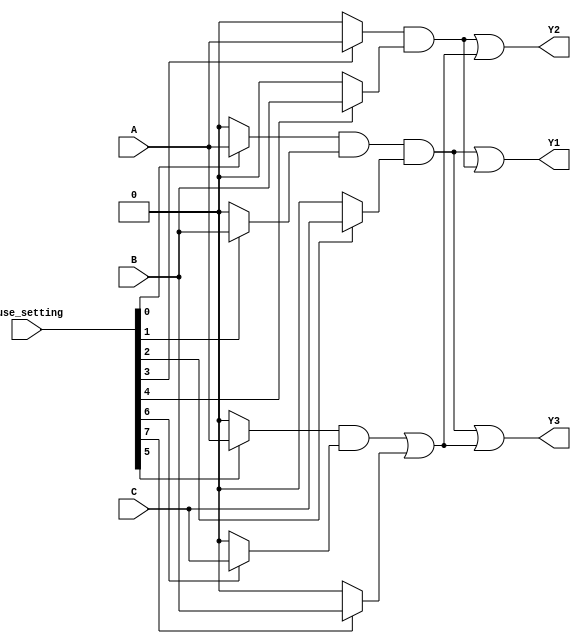
module fuse_based_PLA (
    input wire A, // Input A
    input wire B, // Input B
    input wire C, // Input C
    input wire [7:0] fuse_setting, // Configuration for fuses (each bit represents a fuse)
    output wire Y1,
    output wire Y2,
    output wire Y3
);

// Internal product term signals (outputs of the AND array)
wire P1, P2, P3;

// AND gates (programmable based on fuse settings)
assign P1 = (fuse_setting[0] ? A : 1'b0) & (fuse_setting[1] ? B : 1'b0) & (fuse_setting[2] ? C : 1'b0);
assign P2 = (fuse_setting[3] ? A : 1'b0) & (fuse_setting[4] ? B : 1'b0);
assign P3 = (fuse_setting[5] ? A : 1'b0) & (fuse_setting[6] ? C : 1'b0) | (fuse_setting[7] ? B : 1'b0);

// OR gates (fixed structure for combining product terms)
assign Y1 = P1 | P2; // Output Y1
assign Y2 = P2 | P3; // Output Y2
assign Y3 = P1 | P3; // Output Y3

endmodule